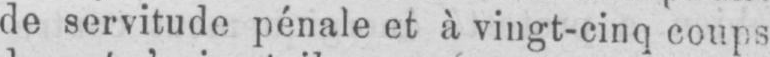
de servitude pénale et à vingt-cinq coups